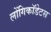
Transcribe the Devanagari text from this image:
लोंगिकॉडेटस